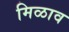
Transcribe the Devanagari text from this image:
मिळाव